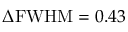
\Delta \mathrm { F W H M } = 0 . 4 3